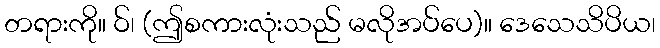
တရားကို။ ဝ်၊ (ဤစကားလုံးသည် မလိုအပ်ပေ)။ ဒေသေသိပိယ၊